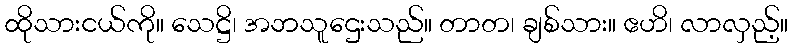
ထိုသားငယ်ကို။ သေဋ္ဌိ၊ အဘသူဌေးသည်။ တာတ၊ ချစ်သား။ ဧဟိ၊ လာလှည့်။